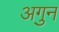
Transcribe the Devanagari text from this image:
अगुन